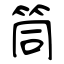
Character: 筒